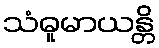
သံဓူမာယန္တိ